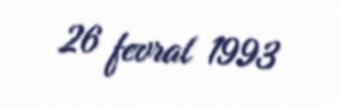
26 fevral 1993